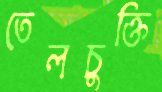
তেলচুক্তি